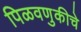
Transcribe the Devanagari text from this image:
पिळवणुकीचे